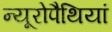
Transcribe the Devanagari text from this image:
न्यूरोपैथियां